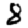
Digit: 8